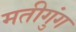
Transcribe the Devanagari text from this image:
मतीगुंग